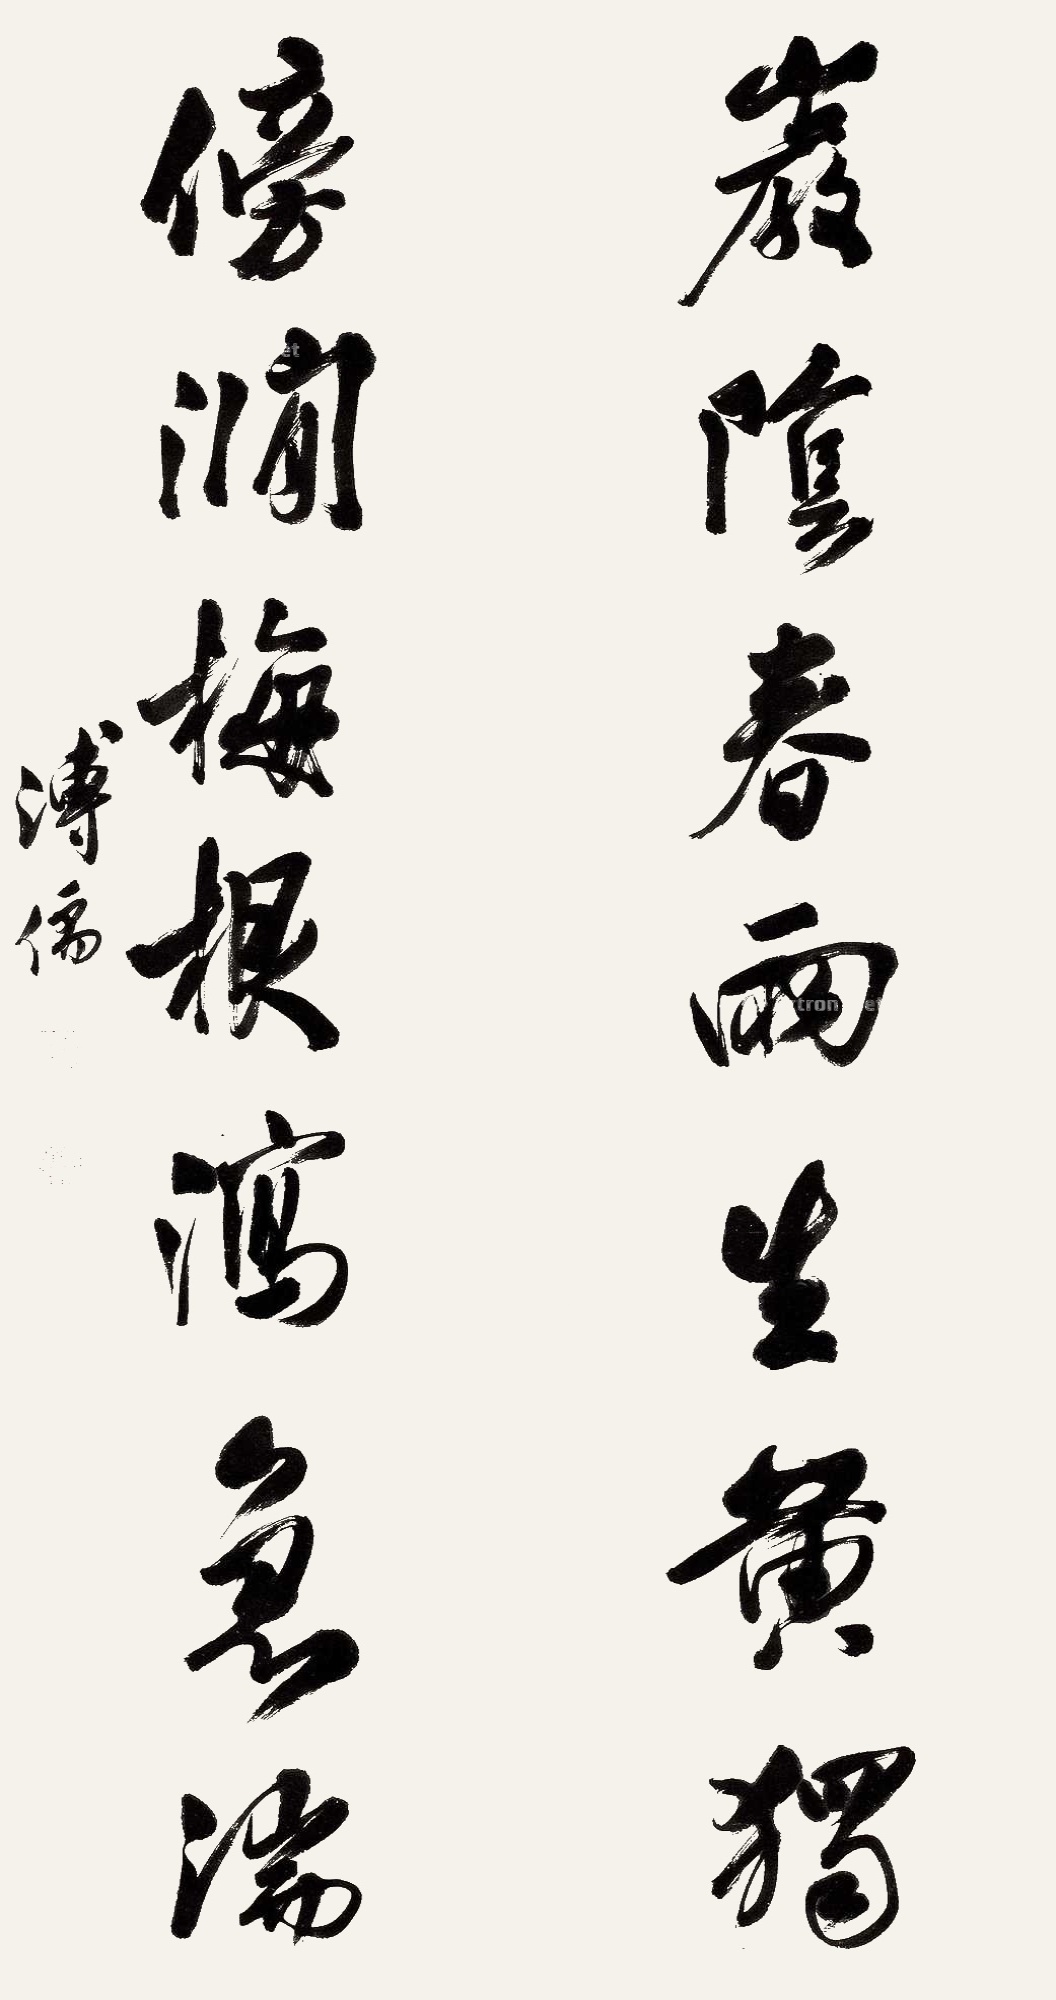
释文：岩阴春雨生黄独，傍涧梅根泻急湍。溥儒。